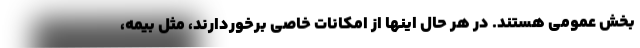
بخش عمومی هستند. در هر حال اینها از امکانات خاصی برخوردارند، مثل بیمه،